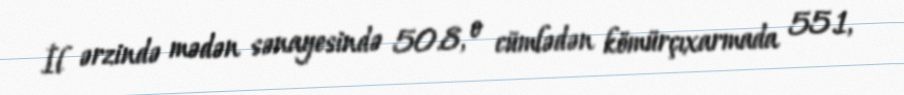
İl ərzində mədən sənayesində 50.8, o cümlədən kömürçıxarmada 55.1,